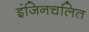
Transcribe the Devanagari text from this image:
इंजिनचलित